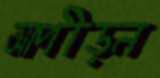
আপীড়ন